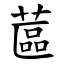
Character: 蓲